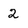
Character: 2